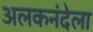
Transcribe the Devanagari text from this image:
अलकनंदेला